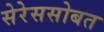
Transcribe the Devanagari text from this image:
सेरेससोबत